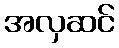
အလှဆင်